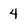
Character: 4